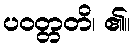
ပဝတ္တတိ၊ ၏။